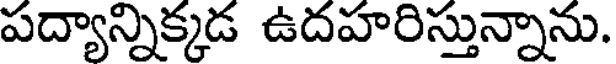
పద్యాన్నిక్కడ ఉదహరిస్తున్నాను.